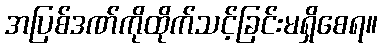
အပြစ်ဒဏ်ကိုထိုက်သင့်ခြင်းမရှိစေရ။